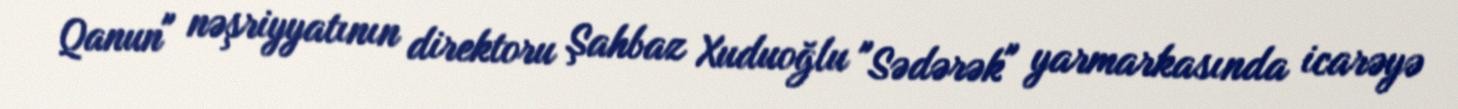
Qanun" nəşriyyatının direktoru Şahbaz Xuduoğlu "Sədərək" yarmarkasında icarəyə